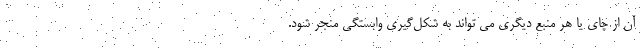
آن از چای یا هر منبع دیگری می تواند به شکل‌گیری وابستگی منجر شود.